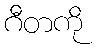
ဂီတကို